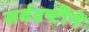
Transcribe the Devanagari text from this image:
सर्वदृष्टीने